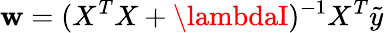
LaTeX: \mathbf{w}=(X^{T}X+\lambdaI)^{-1}X^{T}\tilde{{y}}